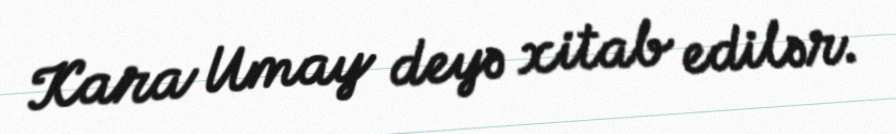
Kara Umay deyə xitab edilər.